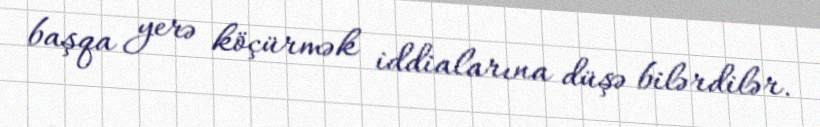
başqa yerə köçürmək iddialarına düşə bilərdilər.